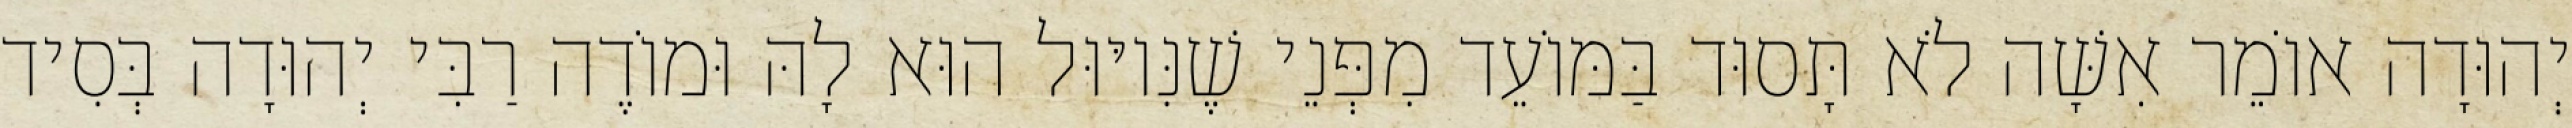
יְהוּדָה אוֹמֵר אִשָּׁה לֹא תָּסוּד בַּמּוֹעֵד מִפְּנֵי שֶׁנִּיוּוּל הוּא לָהּ וּמוֹדֶה רַבִּי יְהוּדָה בְּסִיד